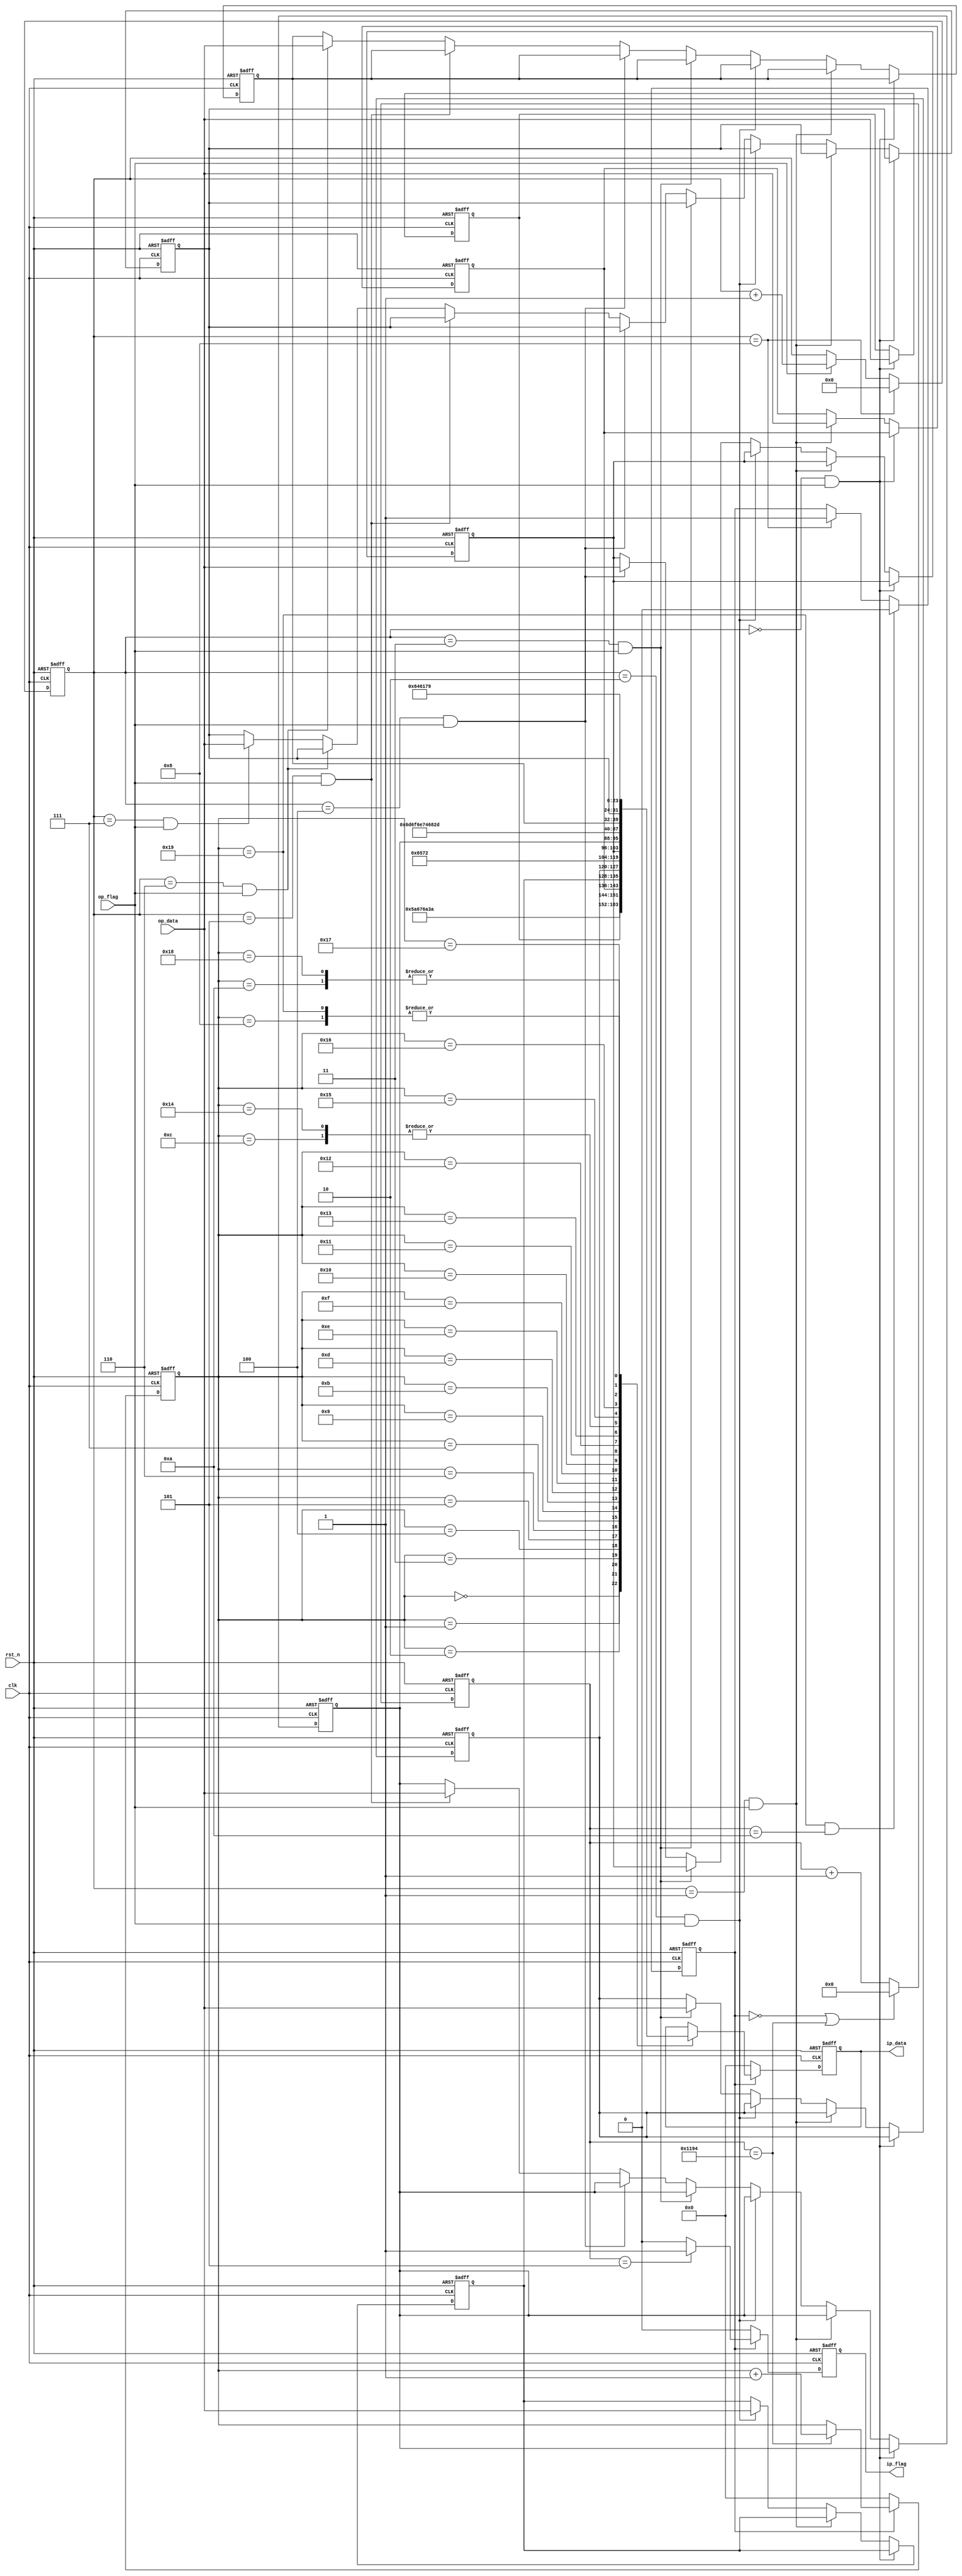
module Buffer_Module 
#(
	parameter cnt_baud_max = 16'd4500 	//clk
)
(
	input clk,
	input rst_n, 
	input op_flag,
	input [7:0] op_data,
	output reg ip_flag,
	output reg [7:0] ip_data
);

	reg [3:0] cnt_8;	//8

	reg [15:0] cnt_baud;	//
	reg ip_en;
	reg [7:0] cnt_26;	//

	reg [7:0] birth_year_thous;
	reg [7:0] birth_year_hunds;
	reg [7:0] birth_year_tens;
	reg [7:0] birth_year_units;

	reg [7:0] birth_month_tens;
	reg [7:0] birth_month_units;

	reg [7:0] birth_day_tens;
	reg [7:0] birth_day_units;

	/*temp cnt_8*/
	always @(posedge clk or negedge rst_n) begin
		if(~rst_n) begin
			cnt_8 <= 4'd0;
		end else if(cnt_8 == 4'd8) begin
			cnt_8 <= 4'd0;
		end else if(op_flag) begin
			cnt_8 <= cnt_8 + 4'd1;
		end else begin
			cnt_8 <= cnt_8;
		end
	end

	always @(posedge clk or negedge rst_n) begin
		if(~rst_n) begin
			birth_year_thous <= 8'd0;
			birth_year_hunds <= 8'd0;
			birth_year_tens <= 8'd0;
			birth_year_units <= 8'd0;
			birth_month_tens <= 8'd0;
			birth_month_units <= 8'd0;
			birth_day_tens <= 8'd0;
			birth_day_units <= 8'd0;
		end else if(cnt_8 == 4'd0 && op_flag) begin
			birth_year_thous <= op_data;
		end else if(cnt_8 == 4'd1 && op_flag) begin
			birth_year_hunds <= op_data;
		end else if(cnt_8 == 4'd2 && op_flag) begin
			birth_year_tens <= op_data;
		end else if(cnt_8 == 4'd3 && op_flag) begin
			birth_year_units <= op_data;
		end else if(cnt_8 == 4'd4 && op_flag) begin
			birth_month_tens <= op_data;
		end else if(cnt_8 == 4'd5 && op_flag) begin
			birth_month_units <= op_data;
		end else if(cnt_8 == 4'd6 && op_flag) begin
			birth_day_tens <= op_data;
		end else if(cnt_8 == 4'd7 && op_flag) begin
			birth_day_units <= op_data;
		end else begin
			birth_year_thous <= birth_year_thous;
			birth_year_hunds <= birth_year_hunds;
			birth_year_tens <= birth_year_tens;
			birth_year_units <= birth_year_units;
			birth_month_tens <= birth_month_tens;
			birth_month_units <= birth_month_units;
			birth_day_tens <= birth_day_tens;
			birth_day_units <= birth_day_units;
		end
	end

	/*temp ip_en*/
	always @(posedge clk or negedge rst_n) begin
		if(~rst_n) begin
			ip_en <= 1'd0;
		end else if(cnt_26 == 8'd25 && cnt_baud == 16'd10) begin
			ip_en <= 1'd0;
		end else if(cnt_8 == 4'd8) begin
			ip_en <= 1'd1;
		end else begin
			ip_en <= ip_en;
		end
	end

	always @(posedge clk or negedge rst_n) begin
		if(~rst_n) begin
			cnt_26 <= 8'd0;
		end else if(!ip_en) begin
			cnt_26 <= 8'd0;
		end else if(cnt_baud == cnt_baud_max) begin
			cnt_26 <= cnt_26 + 8'd1;
		end else begin
			cnt_26 <= cnt_26;
		end
	end

	/*temp cnt_baud*/
	always @(posedge clk or negedge rst_n) begin
		if(~rst_n) begin
			cnt_baud <= 16'd0;
		end else if(!ip_en || cnt_baud == cnt_baud_max) begin
			cnt_baud <= 16'd0;
		end else begin
			cnt_baud <= cnt_baud + 16'd1;
		end
	end

	/*output ip_flag*/
	always @(posedge clk or negedge rst_n) begin
		if(~rst_n) begin
			ip_flag <= 1'd0;
		end else if(!ip_en) begin
			ip_flag <= 1'd0;
		end else if(cnt_baud == 16'd5) begin
			ip_flag <= 1'd1;
		end else begin
			ip_flag <= 1'd0;
		end
	end

	/*output ip_data*/
	always @(posedge clk or negedge rst_n) begin
		if(~rst_n) begin
			ip_data <= 8'd0;
		end else if(!ip_en) begin
			ip_data <= 8'd0;
		end else begin
			case(cnt_26)
				8'd0 : ip_data <= 8'h5A;
				8'd1 : ip_data <= 8'h67;
				8'd2 : ip_data <= 8'h6A;
				8'd3 : ip_data <= 8'h3A;
				8'd4 : ip_data <= birth_year_thous;
				8'd5 : ip_data <= birth_year_hunds;
				8'd6 : ip_data <= birth_year_tens;
				8'd7 : ip_data <= birth_year_units;
				8'd8 : ip_data <= 8'h79;
				8'd9 : ip_data <= 8'h65;
				8'd10 : ip_data <= 8'h61;
				8'd11 : ip_data <= 8'h72;
				8'd12 : ip_data <= 8'h2D;
				8'd13 : ip_data <= birth_month_tens;
				8'd14 : ip_data <= birth_month_units;
				8'd15 : ip_data <= 8'h6D;
				8'd16 : ip_data <= 8'h6F;
				8'd17 : ip_data <= 8'h6E;
				8'd18 : ip_data <= 8'h74;
				8'd19 : ip_data <= 8'h68;
				8'd20 : ip_data <= 8'h2D;
				8'd21 : ip_data <= birth_day_tens;
				8'd22 : ip_data <= birth_day_units;
				8'd23 : ip_data <= 8'h64;
				8'd24 : ip_data <= 8'h61;
				8'd25 : ip_data <= 8'h79;
			endcase
		end
	end

endmodule